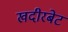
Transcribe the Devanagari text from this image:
खदीरबेट